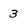
Character: 3